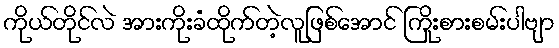
ကိုယ်တိုင်လဲ အားကိုးခံထိုက်တဲ့လူဖြစ်အောင် ကြိုးစားစမ်းပါဗျာ